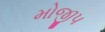
મોજીપ